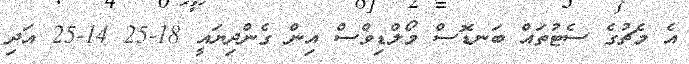
އެ މެޗުގެ ސެޓުތައް ބަނޑޮސް މޯލްޑިވްސް އިން ގެންދިޔައީ 18-25 14-25 އަދި